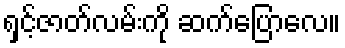
ရှင့်ဇာတ်လမ်းကို ဆက်ပြောလေ။